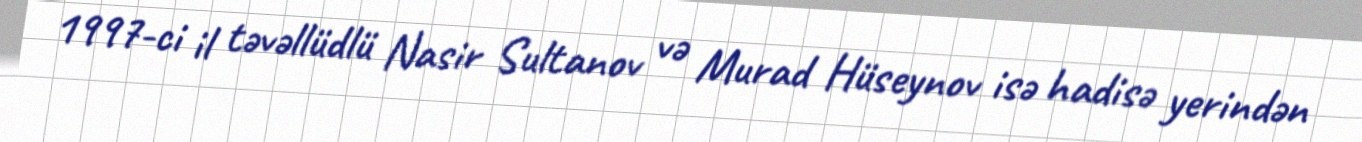
1997-ci il təvəllüdlü Nasir Sultanov və Murad Hüseynov isə hadisə yerindən